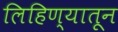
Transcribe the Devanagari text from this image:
लिहिण्यातून